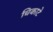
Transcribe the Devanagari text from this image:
चिकाटे